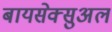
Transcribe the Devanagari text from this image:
बायसेक्सुअल